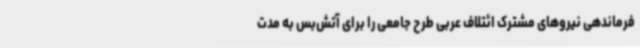
فرماندهی نیروهای مشترک ائتلاف عربی طرح جامعی را برای آتش‌بس به مدت